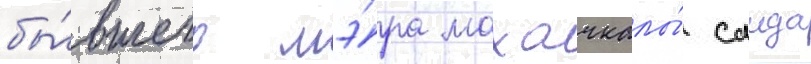
бы́вшего мэ́ра махачкалы́ саида